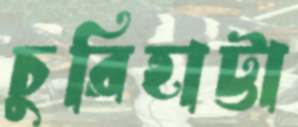
চুরিহাট্টা